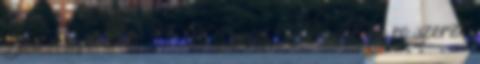
Dieu-n lépkedtek ” II 95 Daniel Vulcu, párizsi ro szerző